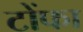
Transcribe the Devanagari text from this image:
टोंफा